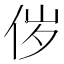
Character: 㑕